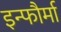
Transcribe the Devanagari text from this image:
इन्फौर्मा